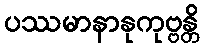
ပဿမာနာနုကုဗ္ဗန္တိ